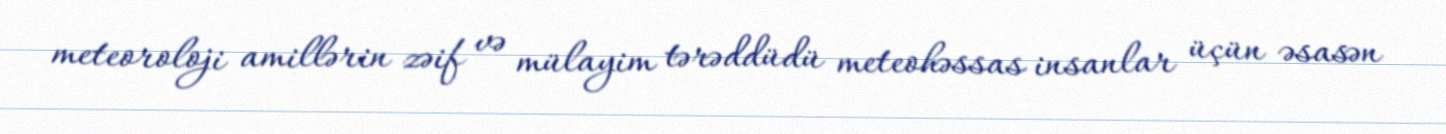
meteoroloji amillərin zəif və mülayim tərəddüdü meteohəssas insanlar üçün əsasən